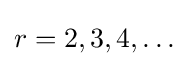
r=2,3,4,\ldots